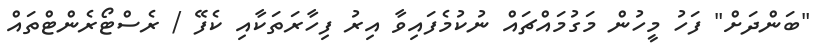
"ބަންދަށް" ފަހު މީހުން މަގުމައްޗައް ނުކުމެފައިވާ އިރު ފިހާރަތަކާއި ކެފޭ / ރެސްޓޯރެންޓްތައް